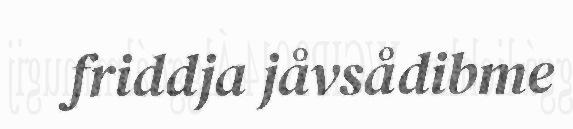
friddja jåvsådibme